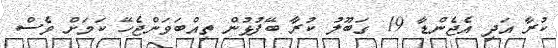
ކުރާ އަދި އެޖެންޑާ 19 ގަބޫލު ކުރާ ބޭފުޅުން ތިއްބަވަންޖެހޭ ކަމަށް ވެސް